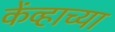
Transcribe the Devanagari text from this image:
केंव्हाच्या